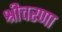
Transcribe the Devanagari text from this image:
श्रीचरणा